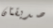
صديقتان